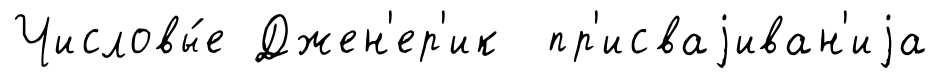
Числовы́е Джен'ер'ик пр'исваjиван'иjа